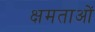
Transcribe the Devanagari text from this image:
क्षमताआें